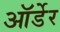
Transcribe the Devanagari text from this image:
ऑर्डेर